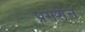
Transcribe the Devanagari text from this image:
प्रगर्शन